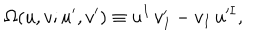
\Omega ( u , v ; u ^ { \prime } , v ^ { \prime } ) \equiv u ^ { I } \, v _ { I } ^ { \prime } - v _ { I } \, u ^ { \prime I } ,